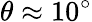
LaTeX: \theta\approx 10^{\circ}